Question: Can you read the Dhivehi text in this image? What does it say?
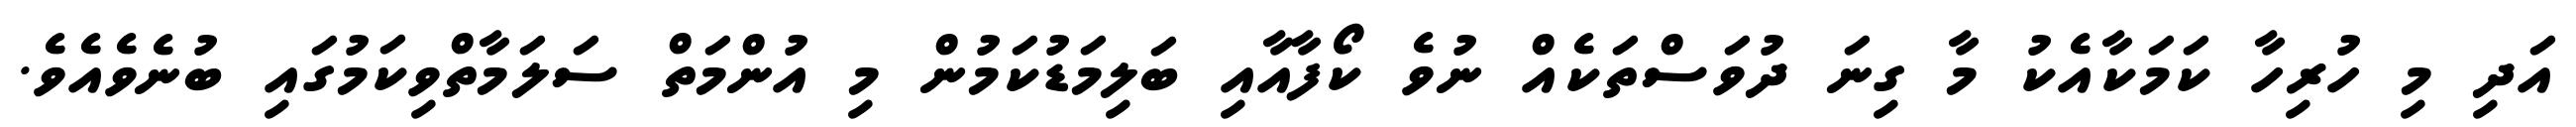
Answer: އަދި މި ހުރިހާ ކަމަކާއެކު މާ ގިނަ ދުވަސްތަކެއް ނުވެ ކޯފާއާއި ބަލިމަޑުކަމުން މި އުންމަތް ސަލަމާތްވިކަމުގައި ބުނެވެއެވެ.